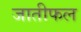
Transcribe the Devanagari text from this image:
जातीफल